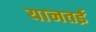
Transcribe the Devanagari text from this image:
यानतई